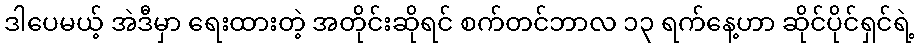
ဒါပေမယ့် အဲဒီမှာ ရေးထားတဲ့ အတိုင်းဆိုရင် စက်တင်ဘာလ ၁၃ ရက်နေ့ဟာ ဆိုင်ပိုင်ရှင်ရဲ့